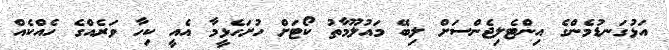
އަޅުގަނޑުމެންގެ އިންޓެލިޖެންސަށް ލިބޭ މައުލޫމާތު ކޯޓަށް ހުށަހެޅީމާ އެއީ ކިހާ ވަރެއްގެ ހެއްކެއް